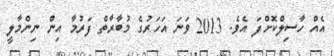
އެއް ހާސިލްކޮށްފަ އެވެ. 2013 ވަނަ އަހަރުގެ މުބާރާތް ފަރުމާ އިން ނިންމާލީ